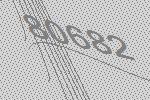
80682